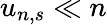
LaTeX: u_{n,s}\ll n